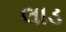
લાડ